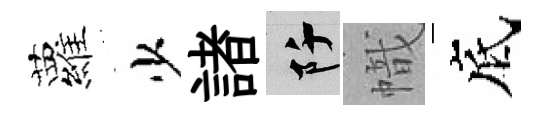
蘿少諸阡幟底